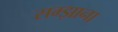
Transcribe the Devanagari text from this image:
सम्झाना